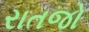
રાતજો